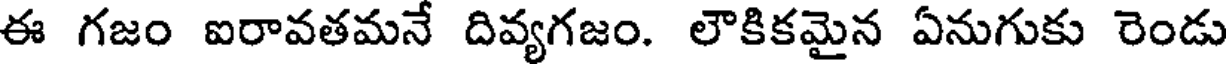
ఈ గజం ఐరావతమనే దివ్యగజం. లౌకికమైన ఏనుగుకు రెండు